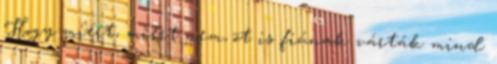
Hogy miért, miért nem, õt is fiúnak várták mind